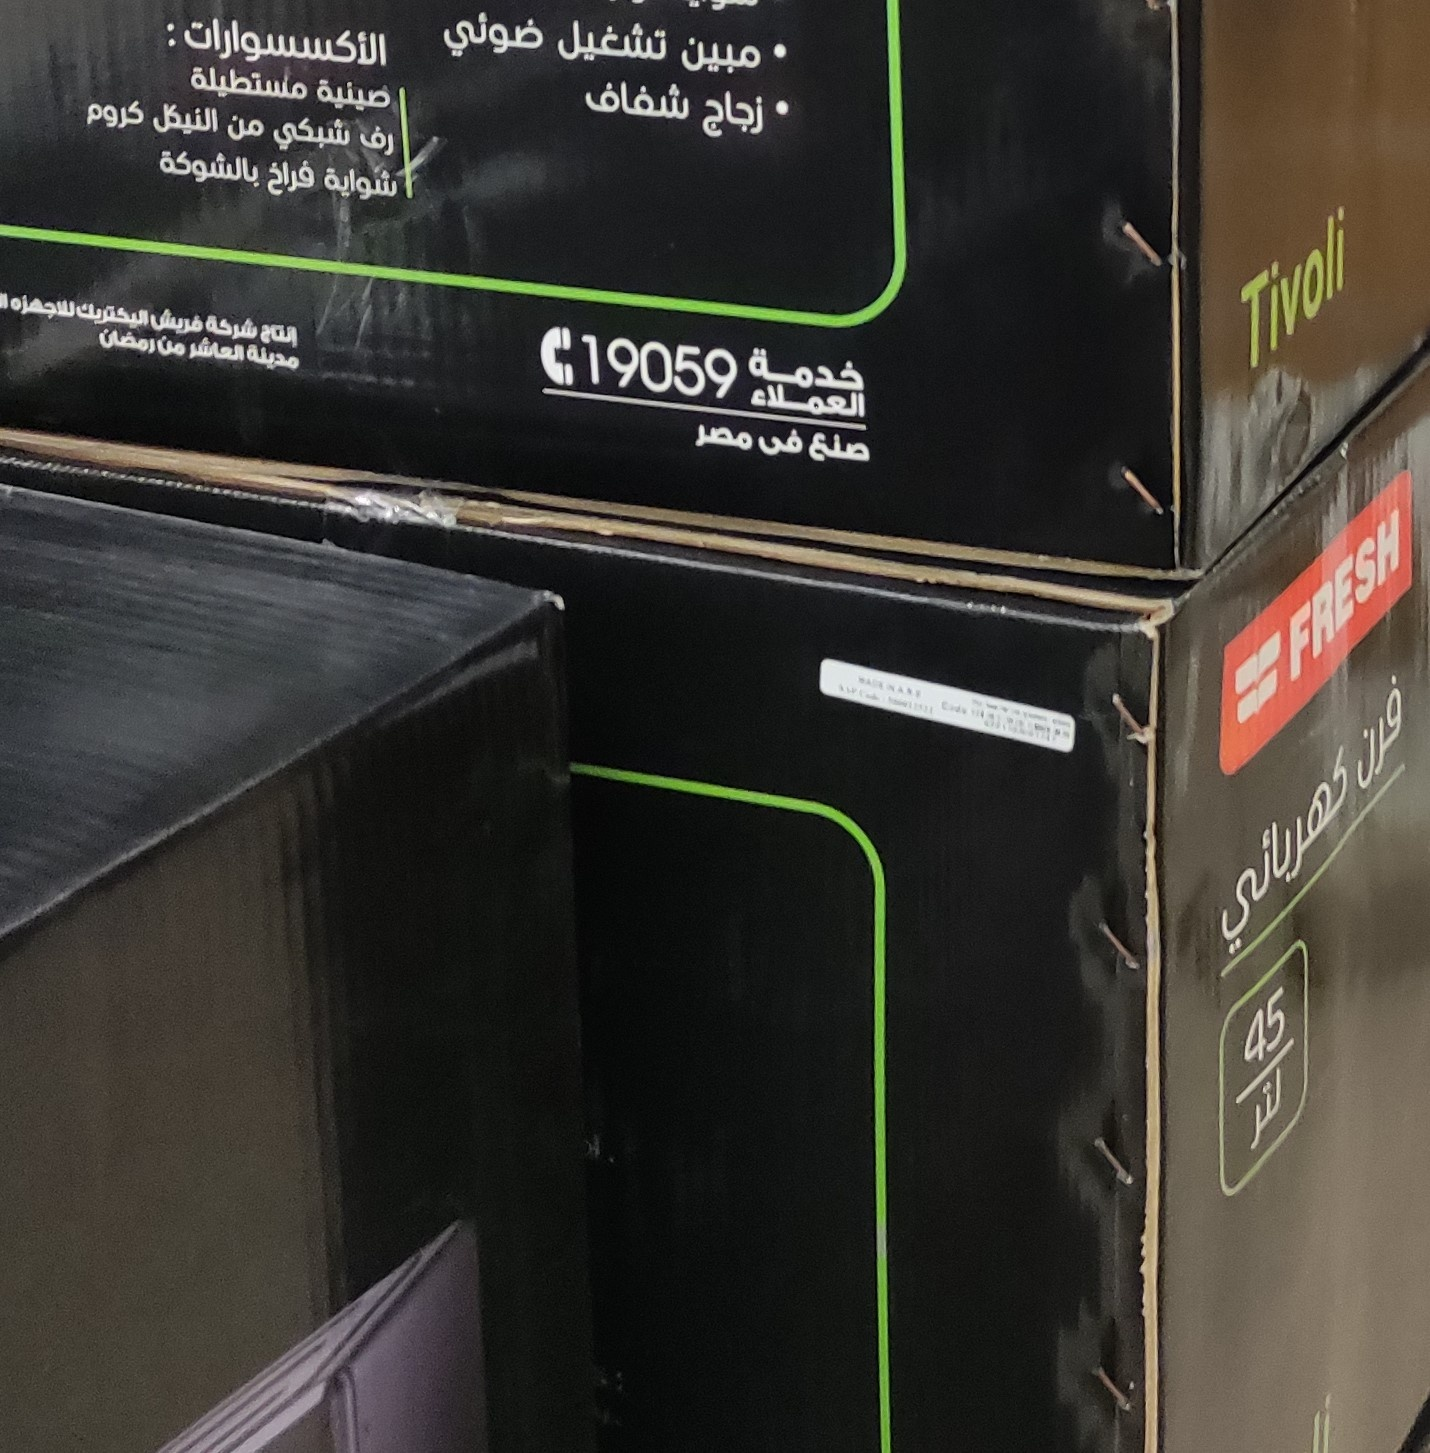
Text in image: ضوئي تشغيل الأكسسوارات مبين مستطيلة صينية شفاف زجاج كروم النيكل من شبكي رف بالشوكة فراخ شواية للاجهزة اليكتريك فريش شركة إنتاج رمضان من العاشر مدينة خدمة العملاء مصر فى صنع فرن كهربائي لتر Tivoli 19059 FRESH 45